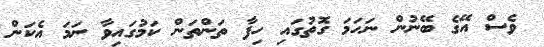
ވެސް އޭގެ ބޭނުން ނަހަމަ ގޮތުގައި ހިފާ ތަންތަން ކަމުގައިވާ ނަމަ އެކަން